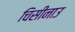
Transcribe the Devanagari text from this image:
चिसीनाउ